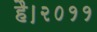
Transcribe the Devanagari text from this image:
है।२०११